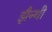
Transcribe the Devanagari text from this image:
झैन्थी